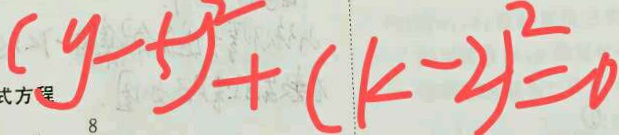
( y - 5 ) ^ { 2 } + ( k - 2 ) ^ { 2 } = 0